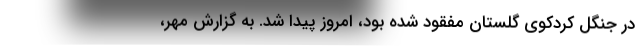
در جنگل کردکوی گلستان مفقود شده بود، امروز پیدا شد. به گزارش مهر،